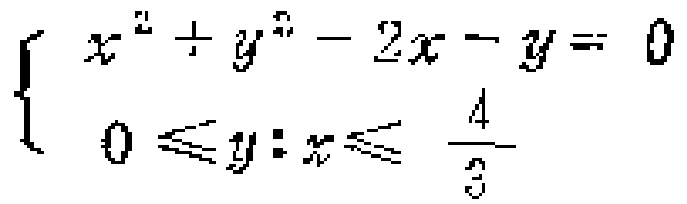
$\left\{\begin{array}{l}x^{2}+y^{2}-2x - y = 0\\0\leqslant y:x\leqslant\frac{4}{3}\end{array}\right.$